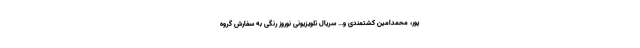
پور، محمدامین کشتمندی و… سریال تلویزیونی نوروز رنگی به سفارش گروه